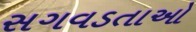
સગવડતાઓ